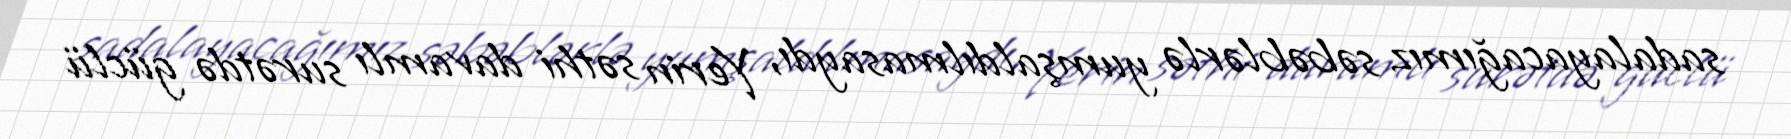
sadalayacağımız səbəblərlə yumşaldılmasaydı, Yerin səthi davamlı surətdə güclü